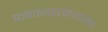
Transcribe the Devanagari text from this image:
पञ्चतन्त्रातथान्यस्माद्